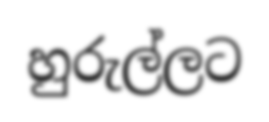
හුරුල්ලට